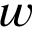
w